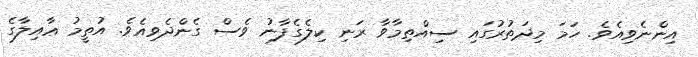
އިންނެވިއެވެ. ހަމަ މިދަތުރުގައި ސިއްތިމާވާ ރަނި ކިލެގެފާނު ވެސް ގެންދެވިއެވެ. އުތީމު ޢާއިލާގެ